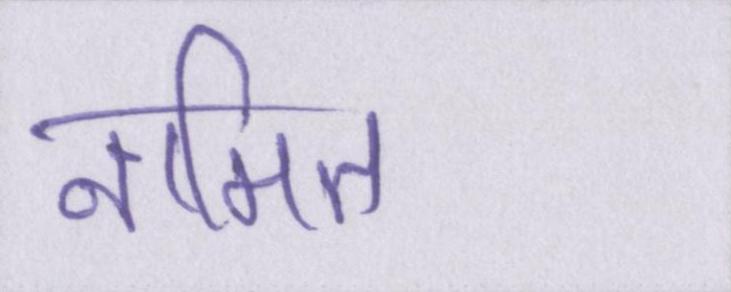
नामित